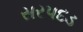
સરપદડ